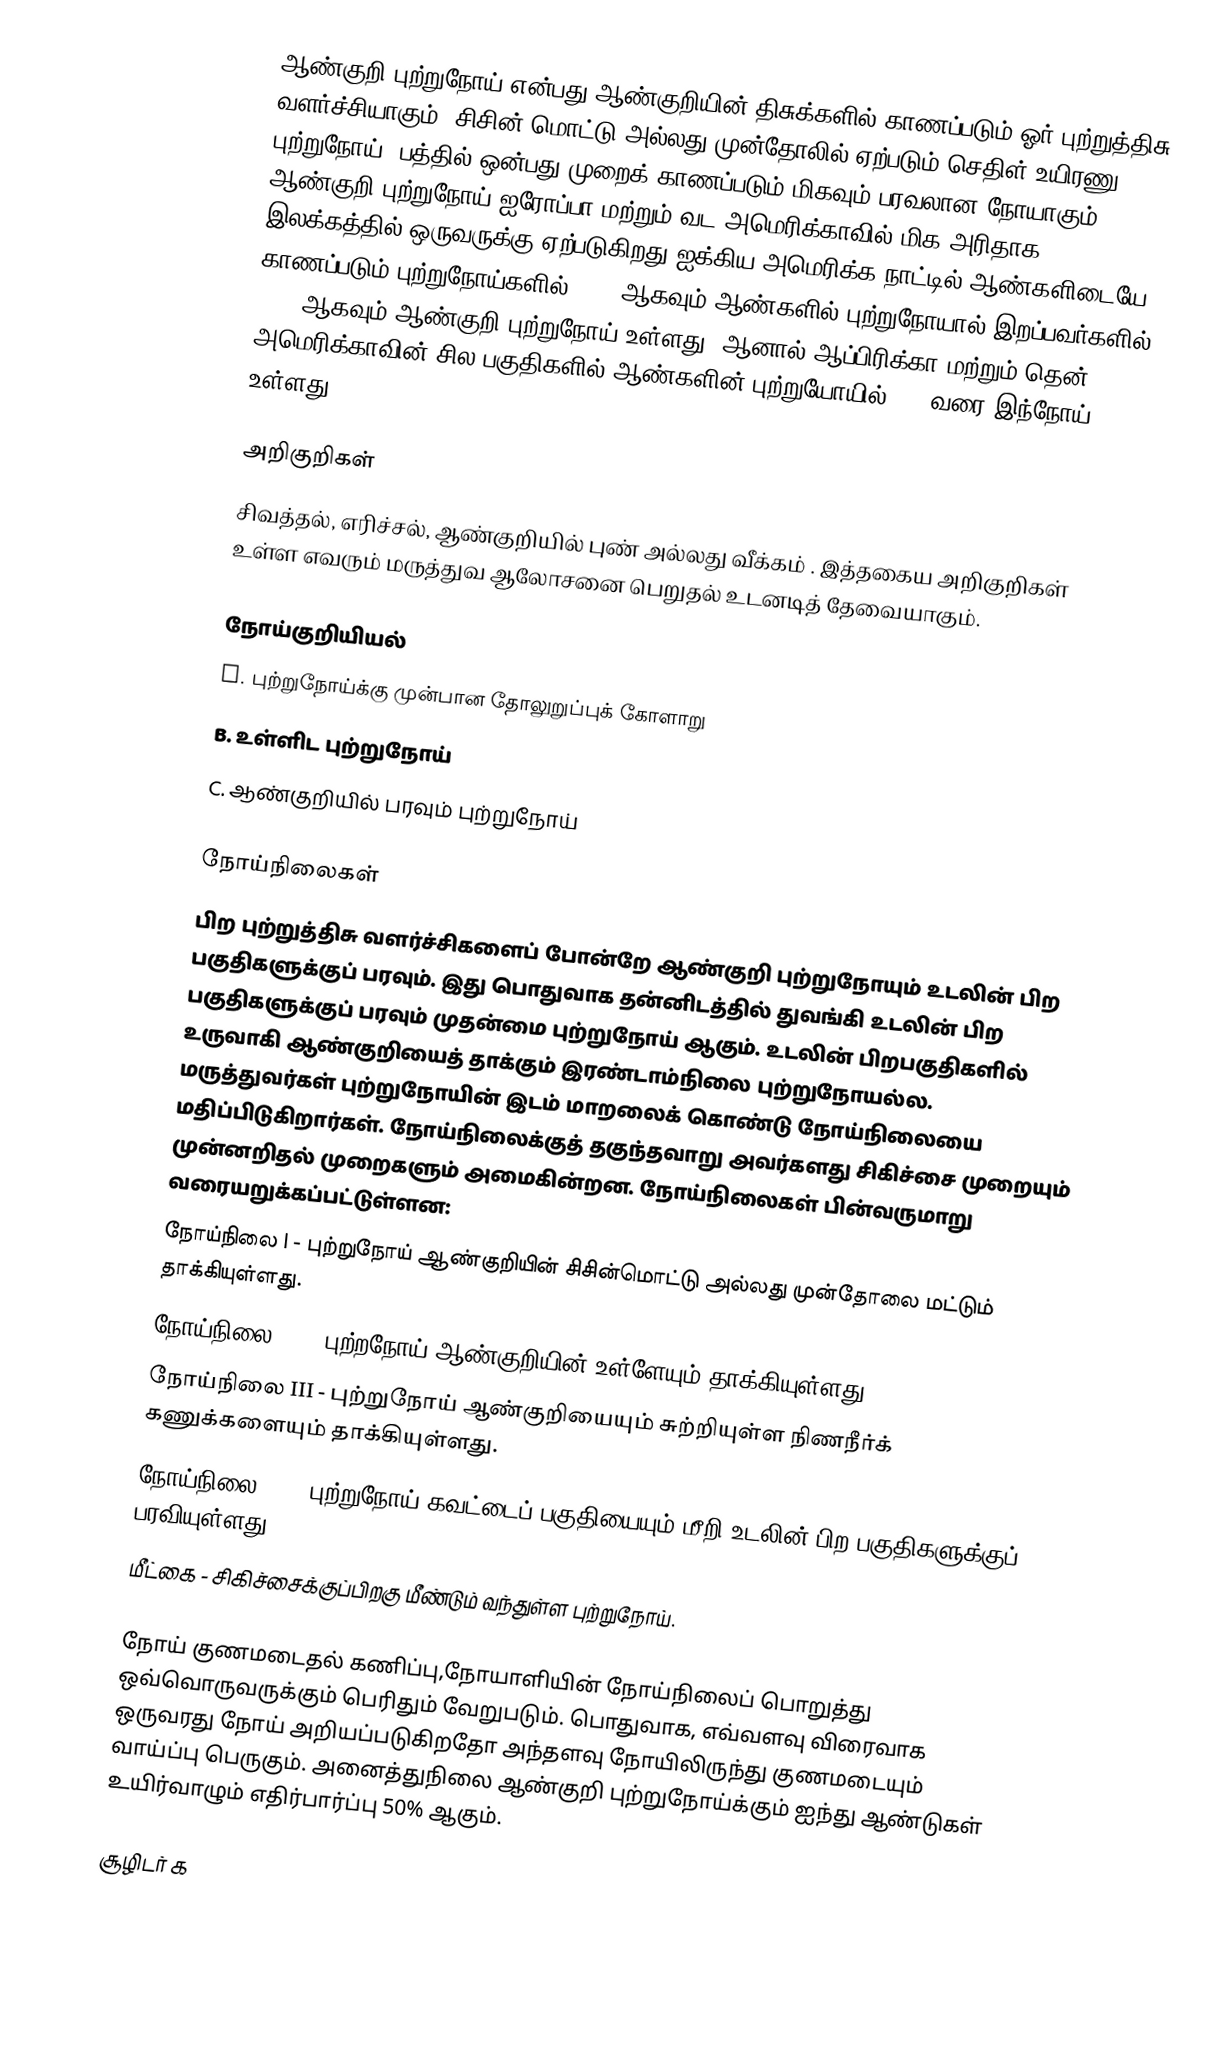
ஆண்குறி புற்றுநோய் என்பது ஆண்குறியின் திசுக்களில் காணப்படும் ஓர் புற்றுத்திசு வளர்ச்சியாகும். சிசின் மொட்டு அல்லது முன்தோலில் ஏற்படும் செதிள் உயிரணு புற்றுநோய், பத்தில் ஒன்பது முறைக் காணப்படும் மிகவும் பரவலான நோயாகும். ஆண்குறி புற்றுநோய் ஐரோப்பா மற்றும் வட அமெரிக்காவில் மிக அரிதாக, இலக்கத்தில் ஒருவருக்கு,ஏற்படுகிறது.ஐக்கிய அமெரிக்க நாட்டில் ஆண்களிடையே காணப்படும் புற்றுநோய்களில் 0.2% ஆகவும் ஆண்களில் புற்றுநோயால் இறப்பவர்களில் 0.1% ஆகவும் ஆண்குறி புற்றுநோய் உள்ளது. ஆனால் ஆப்பிரிக்கா மற்றும் தென் அமெரிக்காவின் சில பகுதிகளில் ஆண்களின் புற்றுயோயில் 10% வரை இந்நோய் உள்ளது.

அறிகுறிகள்
சிவத்தல், எரிச்சல், ஆண்குறியில் புண் அல்லது வீக்கம் . இத்தகைய அறிகுறிகள் உள்ள எவரும் மருத்துவ ஆலோசனை பெறுதல் உடனடித் தேவையாகும்.

நோய்குறியியல்
A. புற்றுநோய்க்கு முன்பான தோலுறுப்புக் கோளாறு
B. உள்ளிட புற்றுநோய்
C. ஆண்குறியில் பரவும் புற்றுநோய்

நோய்நிலைகள்
பிற புற்றுத்திசு வளர்ச்சிகளைப் போன்றே ஆண்குறி புற்றுநோயும் உடலின் பிற பகுதிகளுக்குப் பரவும். இது பொதுவாக தன்னிடத்தில் துவங்கி உடலின் பிற பகுதிகளுக்குப் பரவும் முதன்மை புற்றுநோய் ஆகும். உடலின் பிறபகுதிகளில் உருவாகி ஆண்குறியைத் தாக்கும் இரண்டாம்நிலை புற்றுநோயல்ல. மருத்துவர்கள் புற்றுநோயின் இடம் மாறலைக் கொண்டு நோய்நிலையை மதிப்பிடுகிறார்கள். நோய்நிலைக்குத் தகுந்தவாறு அவர்களது சிகிச்சை முறையும் முன்னறிதல் முறைகளும் அமைகின்றன. நோய்நிலைகள் பின்வருமாறு வரையறுக்கப்பட்டுள்ளன:
நோய்நிலை I - புற்றுநோய் ஆண்குறியின் சிசின்மொட்டு அல்லது முன்தோலை மட்டும் தாக்கியுள்ளது.
நோய்நிலை II - புற்றநோய் ஆண்குறியின் உள்ளேயும் தாக்கியுள்ளது.
நோய்நிலை III - புற்றுநோய் ஆண்குறியையும் சுற்றியுள்ள நிணநீர்க் கணுக்களையும் தாக்கியுள்ளது.
நோய்நிலை IV - புற்றுநோய் கவட்டைப் பகுதியையும் மீறி உடலின் பிற பகுதிகளுக்குப் பரவியுள்ளது.
மீட்கை - சிகிச்சைக்குப்பிறகு மீண்டும் வந்துள்ள புற்றுநோய்.

நோய் குணமடைதல் கணிப்பு,நோயாளியின் நோய்நிலைப் பொறுத்து ஒவ்வொருவருக்கும் பெரிதும் வேறுபடும். பொதுவாக, எவ்வளவு விரைவாக ஒருவரது நோய் அறியப்படுகிறதோ அந்தளவு நோயிலிருந்து குணமடையும் வாய்ப்பு பெருகும். அனைத்துநிலை ஆண்குறி புற்றுநோய்க்கும் ஐந்து ஆண்டுகள் உயிர்வாழும் எதிர்பார்ப்பு 50% ஆகும்.

சூழிடர் க